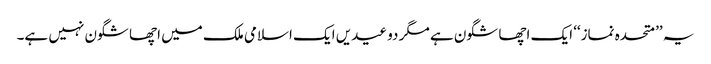
یہ ’’متحدہ نماز‘‘ ایک اچھا شگون ہے مگر دو عیدیں ایک اسلامی ملک میں اچھا شگون نہیں ہے۔